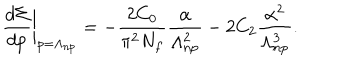
\frac { d \Sigma } { d p } \bigg | _ { p = \Lambda _ { \mathrm { n p } } } = - \frac { 2 C _ { 0 } } { \pi ^ { 2 } N _ { f } } { \frac { \alpha } { \Lambda _ { \mathrm { n p } } ^ { 2 } } } - 2 C _ { 2 } \frac { \alpha ^ { 2 } } { \Lambda _ { \mathrm { n p } } ^ { 3 } } .